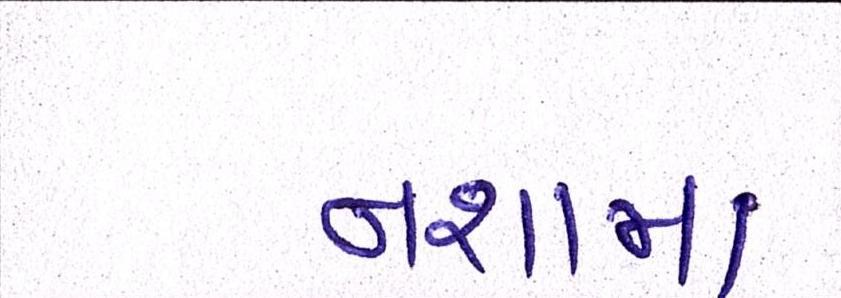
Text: નશામાં